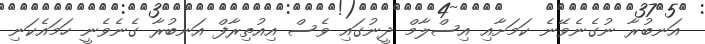
އަނބުރާ ނުގެނެވޭނެ ކަމަށާއި އިސްލާމް ދީނުގައި ވެސް އިއުތިރާފް އަނބުރާ ގެނެވެނީ ހަމައެކަނި